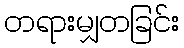
တရားမျှတခြင်း